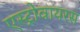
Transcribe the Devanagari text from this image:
एस्ट्रोवायरस